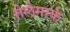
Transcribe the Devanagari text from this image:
तेलेमार्क